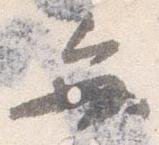
弁